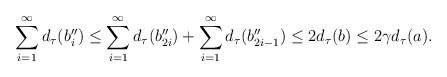
\begin{align*}\sum_{i=1}^\infty d_\tau(b_i'')\leq \sum_{i=1}^\infty d_\tau(b_{2i}'')+\sum_{i=1}^\infty d_\tau(b_{2i-1}'')\leq 2d_\tau(b)\leq 2\gamma d_\tau(a).\end{align*}